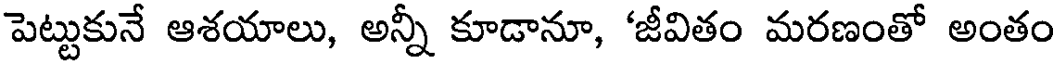
పెట్టుకునే ఆశయాలు, అన్నీ కూడానూ, 'జీవితం మరణంతో అంతం